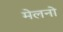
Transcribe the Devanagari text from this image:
मेलनो